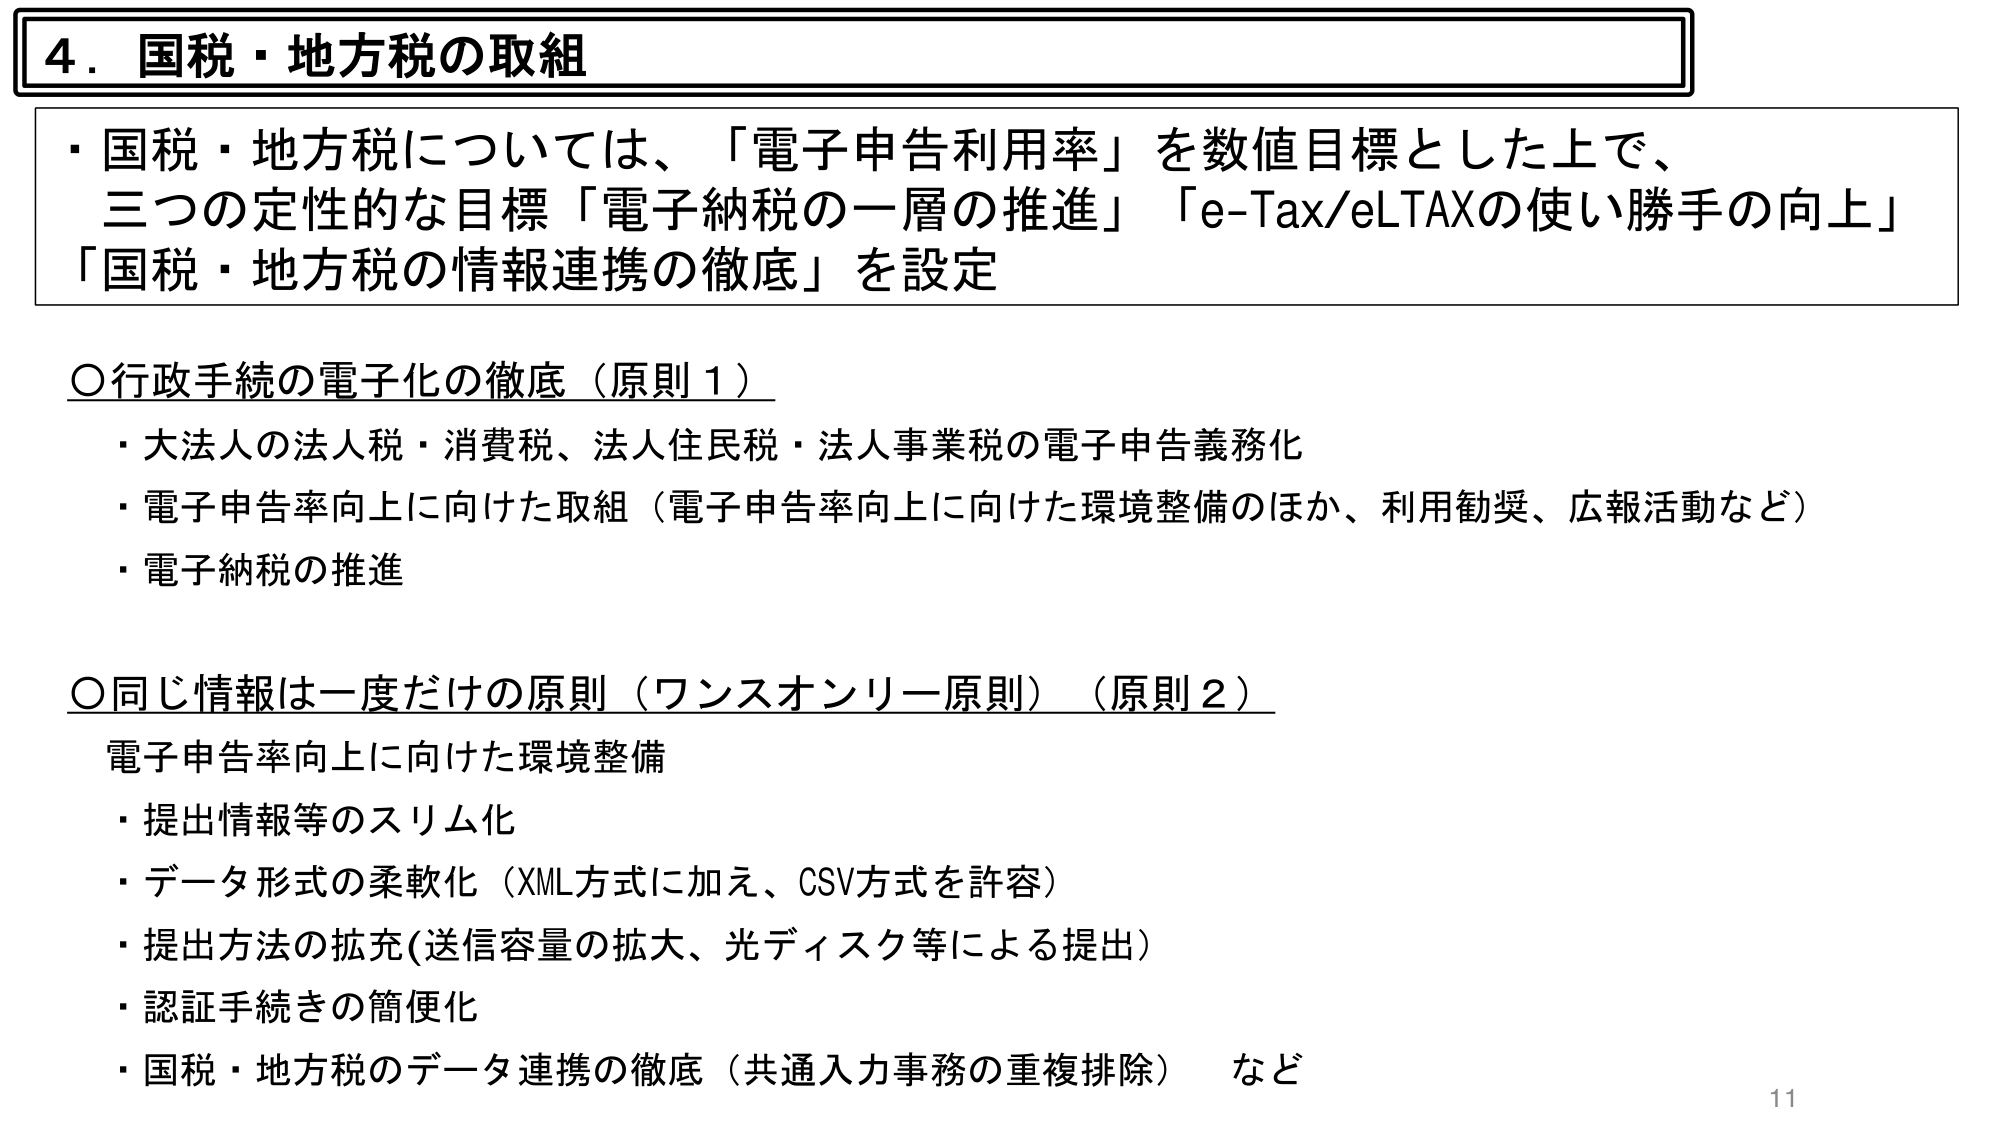
4．国税・地方税の取組

・国税・地方税については、「電子申告利用率」を数値目標とした上で、
三つの定性的な目標「電子納税の一層の推進」「e-Tax/eLTAXの使い勝手の向上」
「国税・地方税の情報連携の徹底」を設定

○行政手続の電子化の徹底（原則1）
・大法人の法人税・消費税、法人住民税・法人事業税の電子申告義務化
・電子申告率向上に向けた取組（電子申告率向上に向けた環境整備のほか、利用勧奨、広報活動など）
・電子納税の推進

○同じ情報は一度だけの原則（ワンスオンリー原則）（原則2）
電子申告率向上に向けた環境整備
・提出情報等のスリム化
・データ形式の柔軟化（XML方式に加え、CSV方式を許容）
・提出方法の拡充（送信容量の拡大、光ディスク等による提出）
・認証手続きの簡便化
・国税・地方税のデータ連携の徹底（共通入力事務の重複排除）　など

11